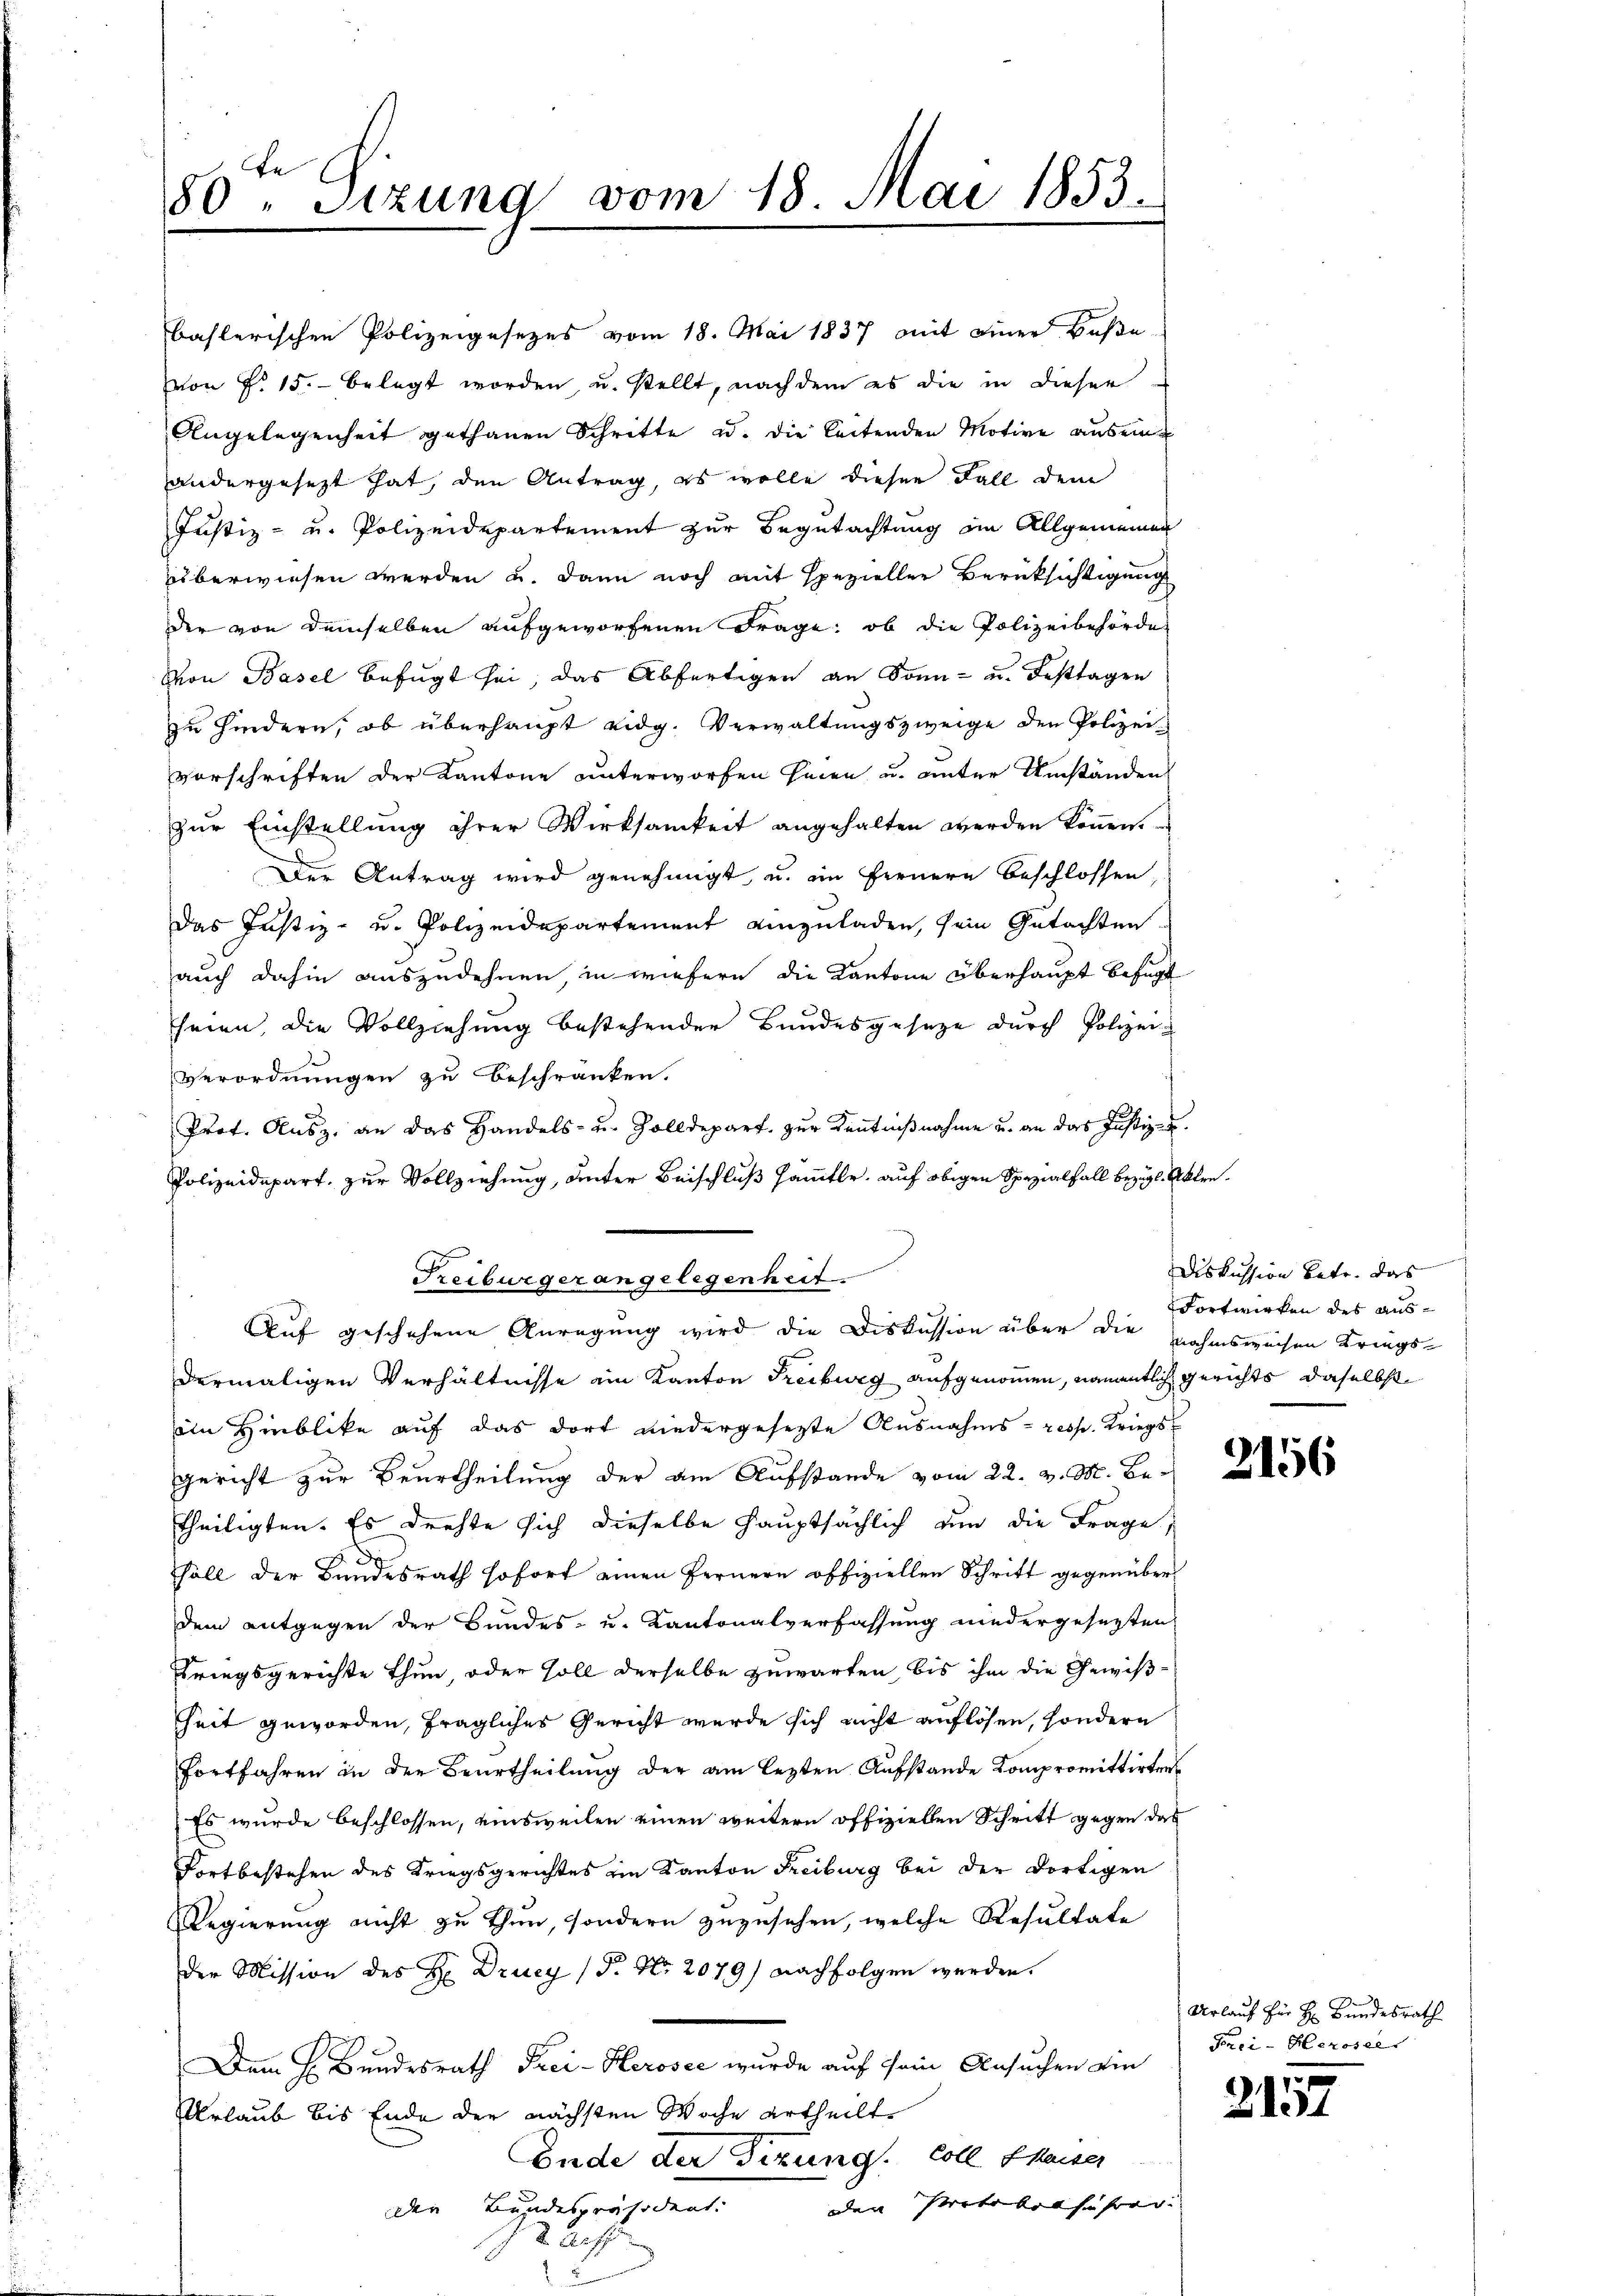
be
80 " Sizung vom 18. Mai 1853.

baslerischen Polizeigesezes vom 18. Mai 1837 mit einer Baße
von P. 15. belegt worden u. stellt, nachdem es die in dieser
Angelegenheit gethanen Schritte u. die leitenden Motive ausein
andergesezt hat, den Antrag, es wolle diesen Fall dem
Justiz- u. Polizeidepartement zur Begutachtung im Allgemeiner
überwiesen werden u. dann noch mit spezieller Berüksichtigung
der von demselben aufgeworfenen Frage: ob die Polizeibehörde
Von Basel befugt sei, das Abfertigen an Sonn- u. Festtagen
zu Hindern, ob überhaupt eidg. Verwaltungszweige den Polizeivorschriften der Kantone unterworfen seien u. unter Umständen
zŭr Einstellung ihrer Wirksamkeit angehalten werden köṅen.
Der Antrag wird genehmigt u. im fernern beschlossen
Das Justiz- u. Polizeidepartement einzuladen, sein Gutachten
auch dahin auszudehnen in wiefern die Kantone überhaupt befugt
seien, die Vollziehung bestehender Bundesgesetze durch Polizei¬
Verordnungen zu beschränken.
Prot. Aŭsz. an das Handels- u. Zolldepart. zŭr Keṅtniβnahme u. an das Justiz-
Polizeidepart, zur Vollziehung, unter Beischluß sämmtle, auf obigen Spezialfall bezügl. Akten¬
Freiburger angelegenheit.
Ruf geschehene Anregung wird die Diskussion über die nahmsweisen Kriegsdermaligen Verhältnisse ein Kanton Treiburg aufgenommen, namentlich gerichts daselbst
in Hinblicke auf das dort niedergesezte Ausnahms- resp. Kriegs¬
Gericht zur Beurtheilŭng der am Aufstande vom 22. d. M. Br
theiligten. Es drehte sich dieselbe Hauptsächlich um die Frage,
9
Fall der Bundesrath sofort einen Fernern offiziellen Schritt gegenüberdem entgegen der Bundes- u. Kantonalverfassung niedergesezten
Kriegsgerichte thun, oder soll derselbe zuwarten, bis ihm die Gewißhheit geworden, fragliches Gericht werde sich nicht auflösen, sondern
Fortfahren in den Beurtheilung der am lezten Aufstande Kompromittirten
Es wurde beschlossen, einsweilen einen weitern offiziellen Schritt gegen das
Fortbestehen des Kriegsgerichtes ein Kanton Freiburg bei der dortigen
Regierung nicht zu thun, sondern zuzusehen, welche Resultate
der Mission des H. Drucy (d. Nr. 2079) nachfolgen werden.
Dem H. Bundesrath Frei- Herosec wurde auf sein Ansuchen ein
Urlaub bis Ende der nächsten Woche ertheilte
Ende der Dirung. Coll Kaiser
oden Protokolfahrer. |
der Bundespräsident.
 Acht

Diskussion betr. das
Fortwirken des aus¬

Urlauf für H: Bundesrath
Frci-Herosel

2157